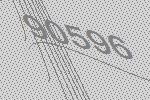
90596